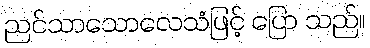
ညင်သာသောလေသံဖြင့် ပြော သည်။